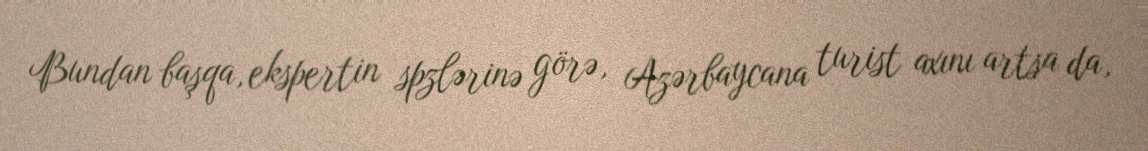
Bundan başqa, ekspertin spzlərinə görə, Azərbaycana turist axını artsa da,